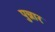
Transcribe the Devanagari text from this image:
पुन्नार